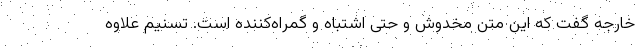
خارجه گفت که این متن مخدوش و حتی اشتباه و گمراه‌کننده است. تسنیم علاوه